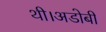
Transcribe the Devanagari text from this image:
थी।अडोबी